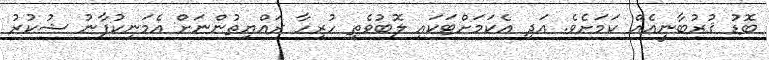
ބޮޑު ޤުރުބާނީއެއް ކަމަށެވެ. އަދި އެކަމަށްޓަކައި ލޮބުވެތި ހުރިހާ ރައްޔިތުންނަށް އެމަނިކުފާނު ޝުކުރު